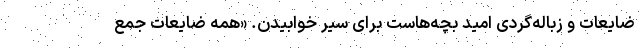
ضایعات و زباله‌گردی امید بچه‌هاست برای سیر خوابیدن. «همه ضایعات جمع